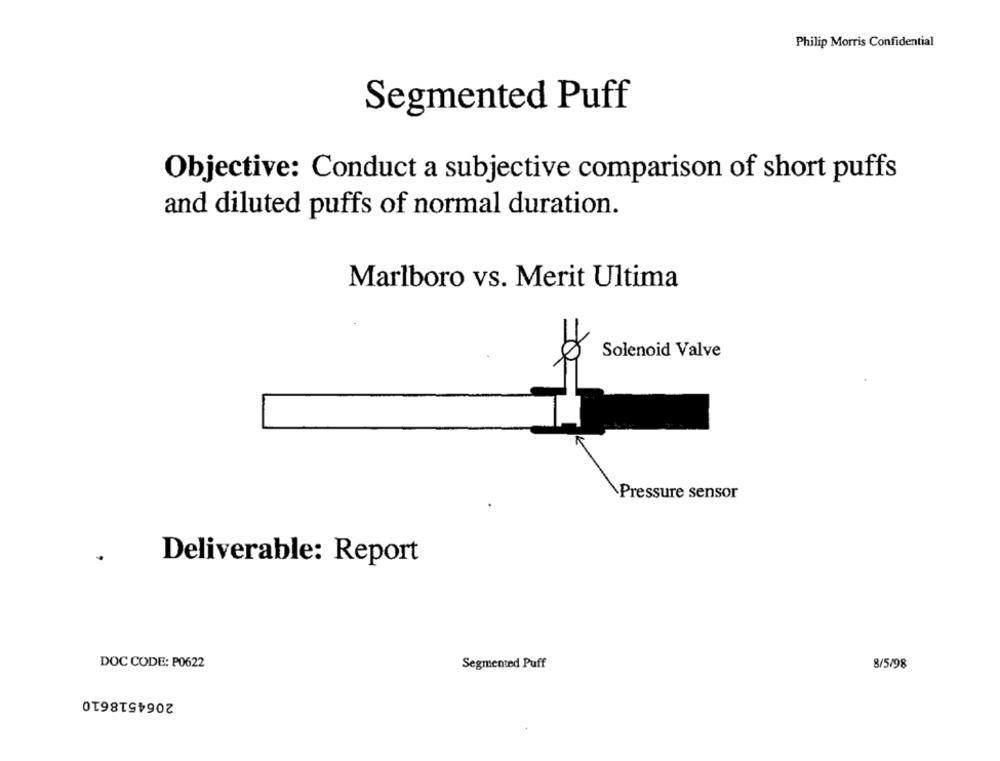
Philip Morris Confidential
Segmented Puff
Objective: Conduct a subjective comparison of short puffs
and diluted puffs of normal duration.
Marlboro vs. Merit Ultima
Solenoid Valve
Pressure sensor
Deliverable: Report
DOC CODE: P0622
Segmented Puff
8/5/98
2064518610